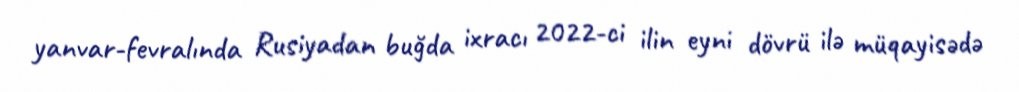
yanvar-fevralında Rusiyadan buğda ixracı 2022-ci ilin eyni dövrü ilə müqayisədə